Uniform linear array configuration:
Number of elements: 64
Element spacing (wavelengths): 0.75
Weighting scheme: hann
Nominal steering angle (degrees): -60
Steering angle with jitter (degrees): -61.121
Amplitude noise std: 0.05
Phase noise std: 0.05

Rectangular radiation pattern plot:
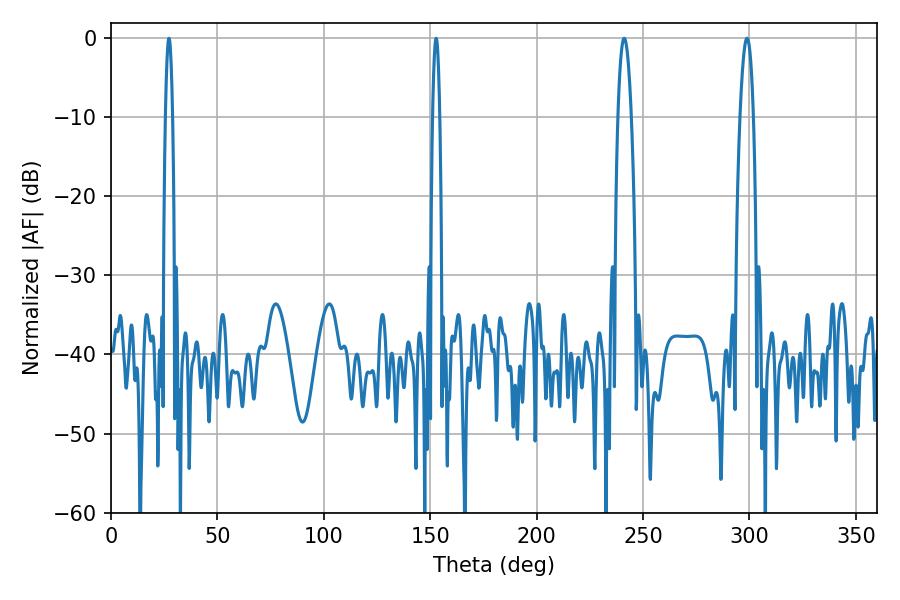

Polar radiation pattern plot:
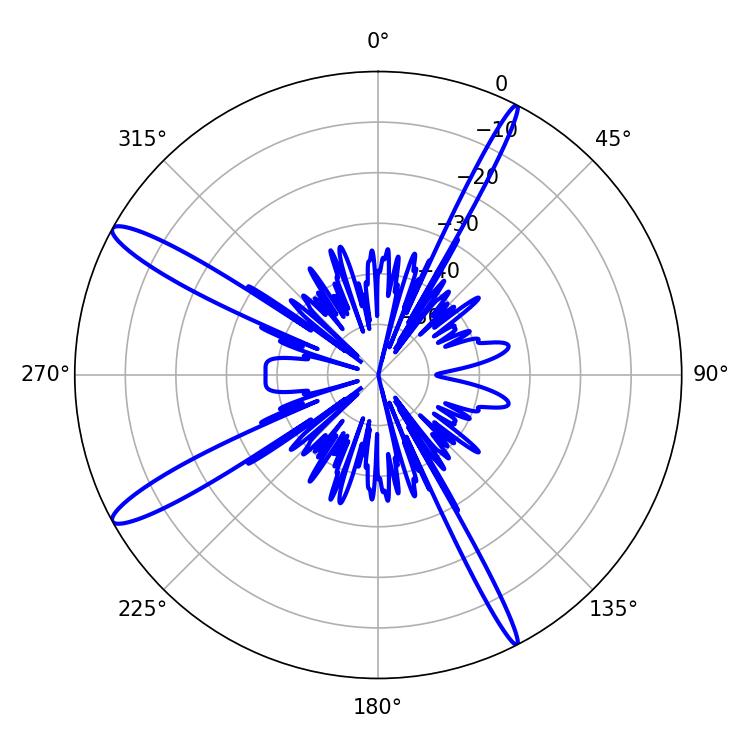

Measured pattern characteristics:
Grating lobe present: TRUE
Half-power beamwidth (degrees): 3.6
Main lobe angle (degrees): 298.8